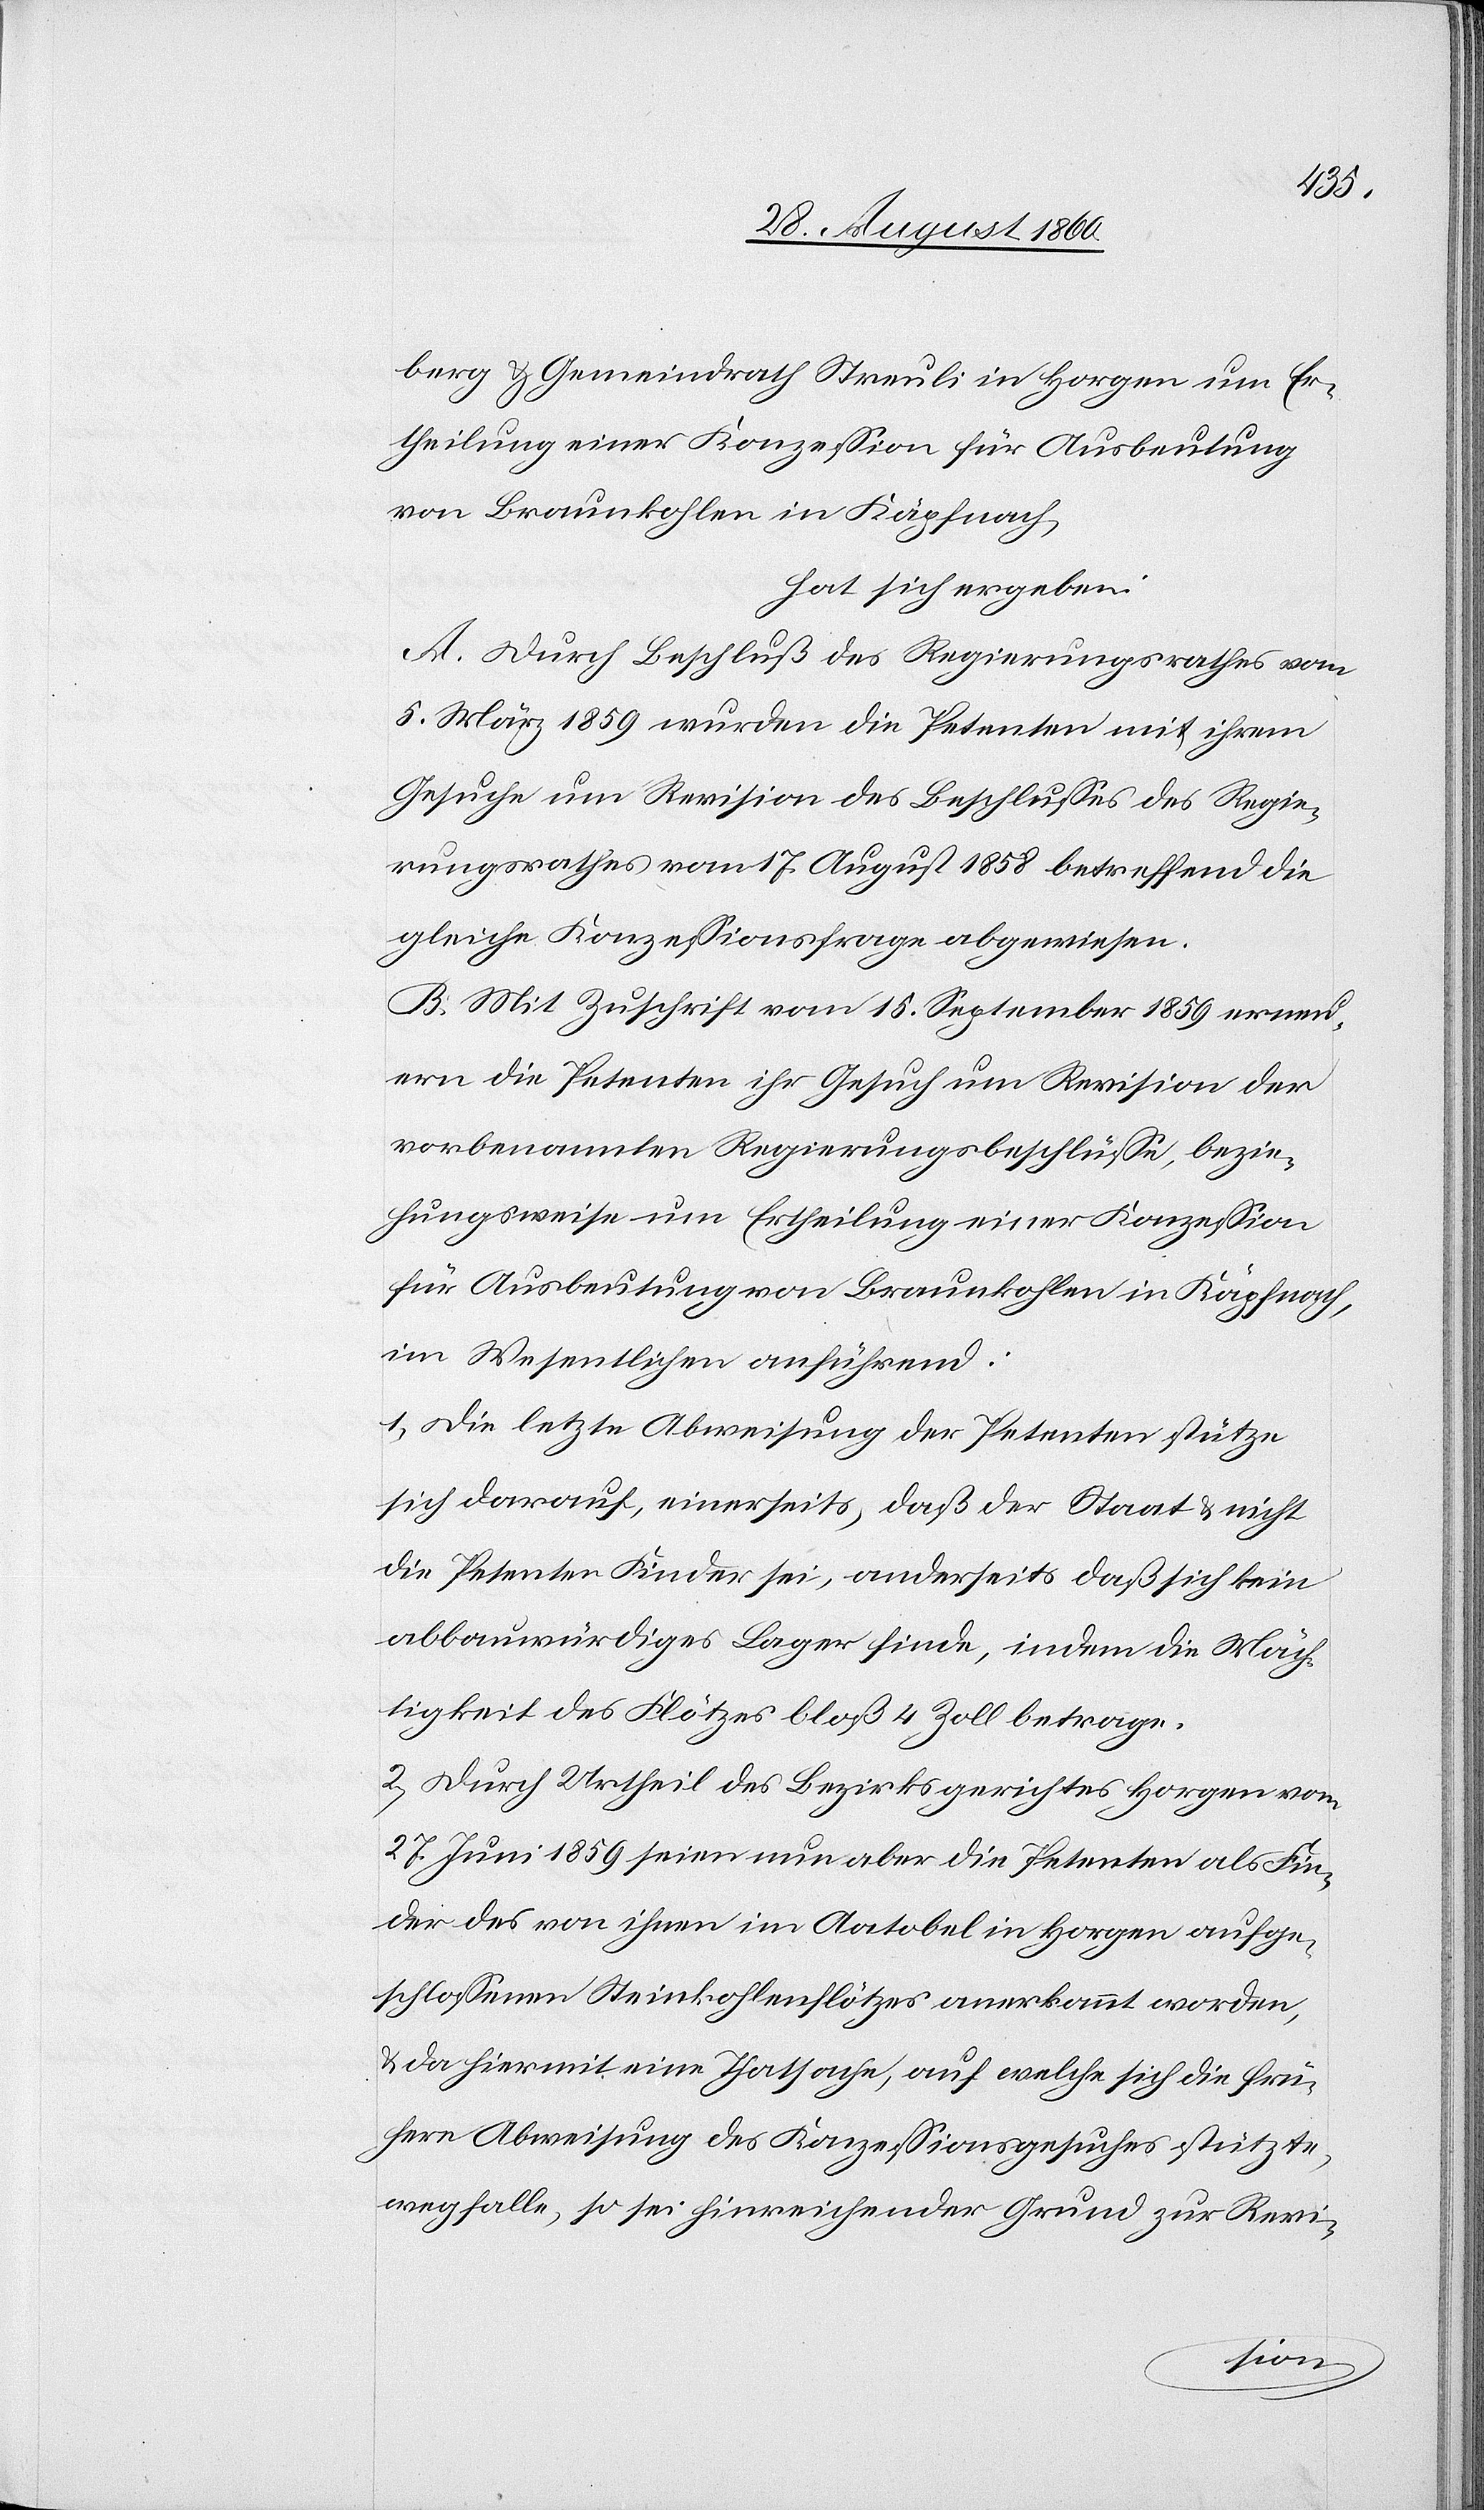
5.
und Gemeindrath Streuli in Horgen um Er¬
theilung einer Konzession für Ausbeutung
von Braunkohlen in Käpfnach
hat sich ergeben:
A. Durch Beschluss des Regierungsrathes vom
Gesuche um Revision des Beschlusses des Regie¬
rungsrathes vom 17. August 1858 betreffend die
gleiche Conzessionsfrage abgewiesen.
B. Mit Zuschrift vom 15. September 1859 erneu¬
ern die Petenten ihr Gesuch um Revision der
vorbenannten Regierungsbeschlüsse bezie¬
hungsweise um Ertheilung einer Conzession
für Ausbeutung von Braunkohlen in Käpfnach,
im Wesentlichen anführend:
1) Die letzte Abweisung der Petenten stütze
sich darauf einerseits, dass der Staat u. nicht
die Petenten Finder sei, anderseits dass sich kein
abbauwürdiges Lager finde, indem die Mäch¬
tigkeit des Flötzes bloss 4 Zoll betrage.
2) Durch Urtheil des Bezirksgerichtes Horgen vom
27. Juni 1859 seien nun aber die Petenten als Fin¬
der des von ihnen im Aatobel in Horgen ausge¬
schlossenen Steinkohlenflötzes anerkannt worden,
u. da hiermit eine Thatsache, auf welche sich die frü¬
here Abweisung des Konzessionsgesuches stütze,
wegfalle, so sei hinreichender Grund zur Revi